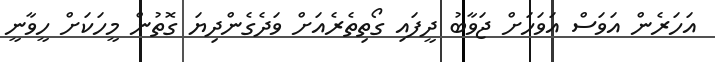
އަހަރެން އަވަސް އަވަހަށް ޖަވާބު ދީފައި ގޯތިތެރެއަށް ވަދެގެންދިޔަ ގޮތުން މީހަކަށް ހީވާނީ